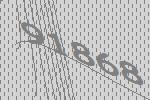
91868